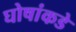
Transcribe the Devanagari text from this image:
घोषांकडे